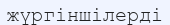
жүргіншілерді